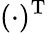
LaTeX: (\cdot)^{\mathrm{T}}